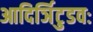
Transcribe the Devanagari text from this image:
आदिर्ञिटुडवः